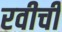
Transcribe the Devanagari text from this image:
रवीची